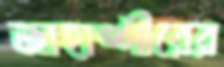
জাহাঙ্গীরের